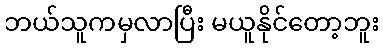
ဘယ်သူကမှလာပြီး မယူနိုင်တော့ဘူး